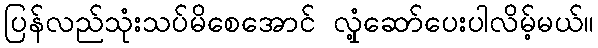
ပြန်လည်သုံးသပ်မိစေအောင် လှုံ့ဆော်ပေးပါလိမ့်မယ်။